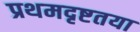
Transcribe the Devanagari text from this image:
प्रथमदृष्टतया